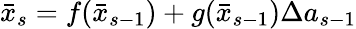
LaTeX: \begin{array}{r}{\bar{x}_{s}=f(\bar{x}_{s-1})+g(\bar{x}_{s-1})\Delta a_{s-1}}\end{array}